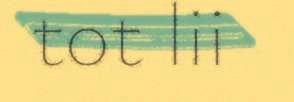
tot lii